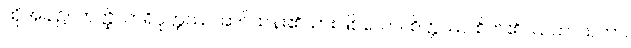
ထိုအခါ၌။ ဟတ္ထိသာရိပုတ္တဿ၊ ဆင်ထန်း၏သားဖြစ်သော။ စိတ္တဿ၊ စိတ်၏။ ယဟာယကာ၊